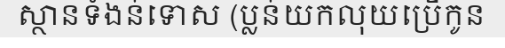
ស្ថានទំងន់ទោស (ប្លន់យកលុយប្រើកូន